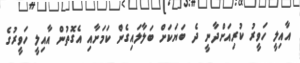
އާއިލީ ހަވީރު ކުރިއަށްދާނީ ދެ ބަޔަކަށް ބަލާލައިގެން ކަމަށާއި އެގޮތުން އާއިލީ ހަވީރުގެ